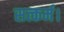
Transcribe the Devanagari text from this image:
सत्कर्म।